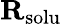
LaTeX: \mathbf{R}_{\mathrm{solu}}